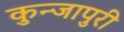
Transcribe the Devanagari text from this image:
कुन्जापुरी